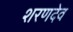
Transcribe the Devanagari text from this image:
शरणदेव